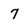
Character: 7